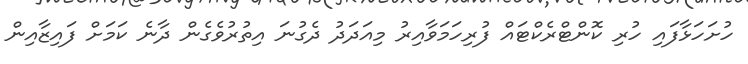
ހުށަހަޅާފައި ހުރި ކޮންޓްރެކްޓައް ފުރިހަމަވާއިރު މިއަދަދު ދެގުނަ އިތުރުވެގެން ދާނެ ކަމަށް ފައިޒާއިން